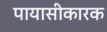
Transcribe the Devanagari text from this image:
पायासीकारक